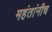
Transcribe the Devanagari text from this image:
महंतांनीच